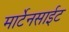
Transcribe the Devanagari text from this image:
मार्टेनसाईट